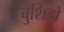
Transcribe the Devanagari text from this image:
बुशिडो